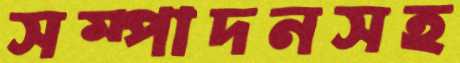
সম্পাদনসহ